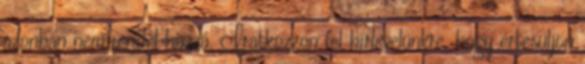
azonban nem rendel hozzá. Iratkozzon fel hírlevelünkre, hogy értesüljön